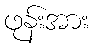
ဖုန်းအား